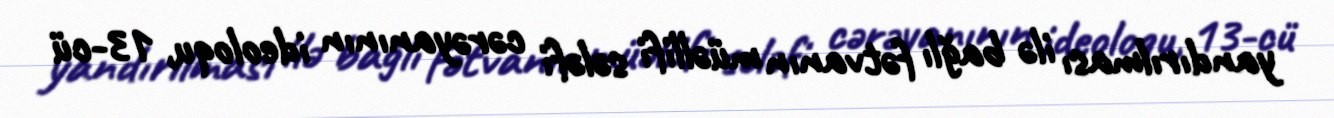
yandırılması ilə bağlı fətvanın müəllifi sələfi cərəyanının ideoloqu, 13-cü